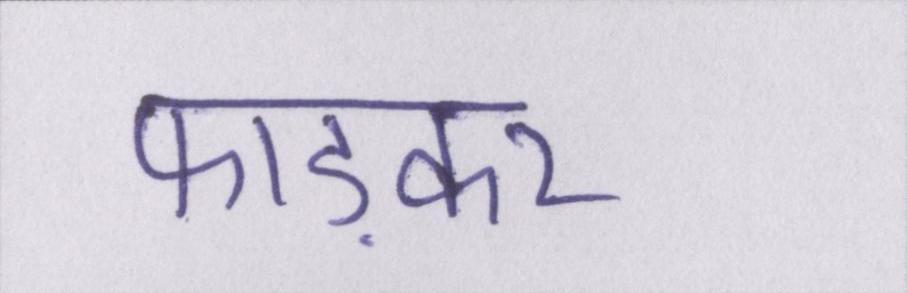
फाड़कर